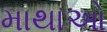
માથાઓ